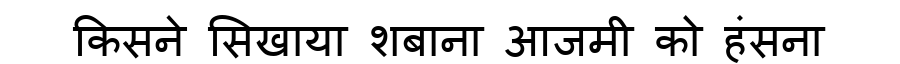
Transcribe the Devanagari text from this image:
किसने सिखाया शबाना आजमी को हंसना